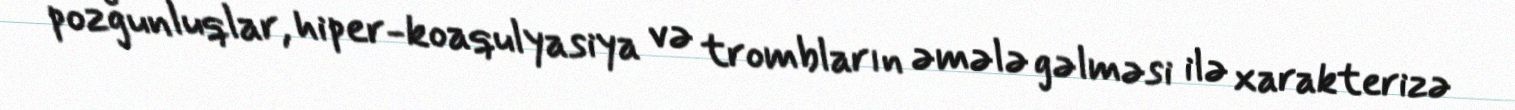
pozğunluqlar, hiper-koaqulyasiya və trombların əmələ gəlməsi ilə xarakterizə